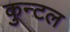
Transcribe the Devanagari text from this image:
कुन्टल